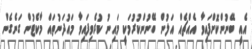
އެއީ ބޭނުންކޮށްފައިވާ އެއްޗެއް އަލުން ބޭނުންކުރުމަކީ މައިނު ކުރެވިފައިވާ މައުދަނުތައް މާކެޓުން ގަނެގެން